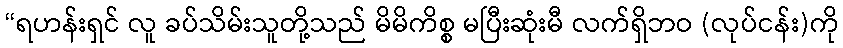
“ရဟန်းရှင် လူ ခပ်သိမ်းသူတို့သည် မိမိကိစ္စ မပြီးဆုံးမီ လက်ရှိဘဝ (လုပ်ငန်း)ကို